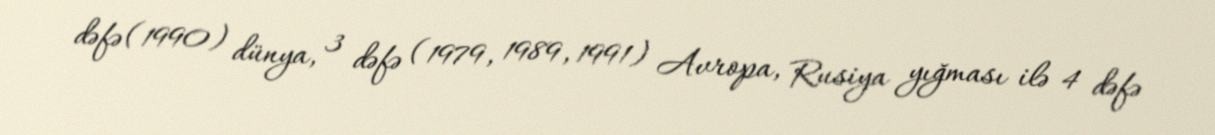
dəfə (1990) dünya, 3 dəfə (1979, 1989, 1991) Avropa, Rusiya yığması ilə 4 dəfə